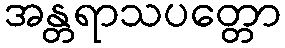
အန္တရာသပတ္တော